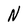
Character: N